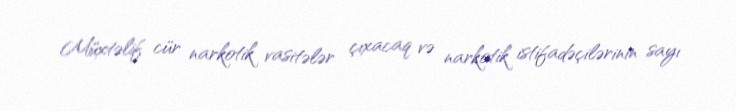
Müxtəlif cür narkotik vasitələr çıxacaq və narkotik istifadəçilərinin sayı